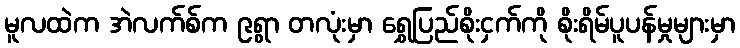
မူလထဲက အဲလက်စ်က ၉ရွာ တလုံးမှာ ရွှေပြည်စိုးငှက်ကို စိုးရိမ်ပူပန်မှုများမှာ